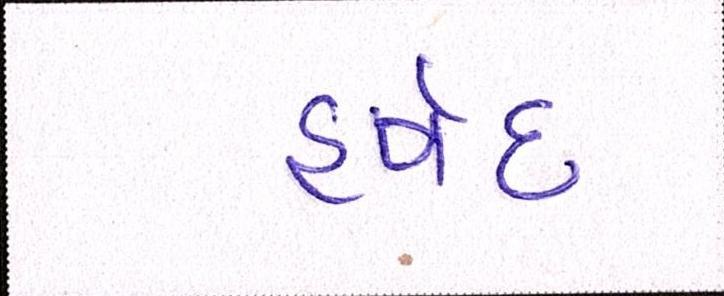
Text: હર્ષદ